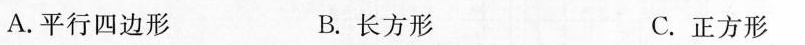
A.平行四边形 B.长方形 C.正方形